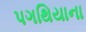
પગથિયાના